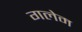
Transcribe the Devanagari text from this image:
गलेम